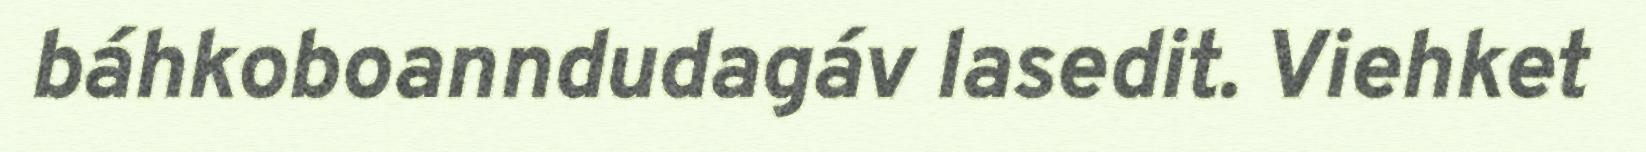
báhkoboanndudagáv lasedit. Viehket